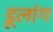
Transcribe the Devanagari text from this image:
डूलांग